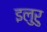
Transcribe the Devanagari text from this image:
इलुरु